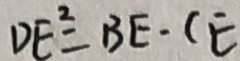
D E ^ { 2 } = B E \cdot C E